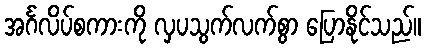
အင်္ဂလိပ်စကားကို လှပသွက်လက်စွာ ပြောနိုင်သည်။